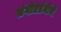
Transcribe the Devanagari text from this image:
संगीतप्रेमींनी